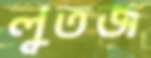
লুতজ